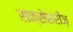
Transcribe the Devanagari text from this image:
सक्सेसरीज़